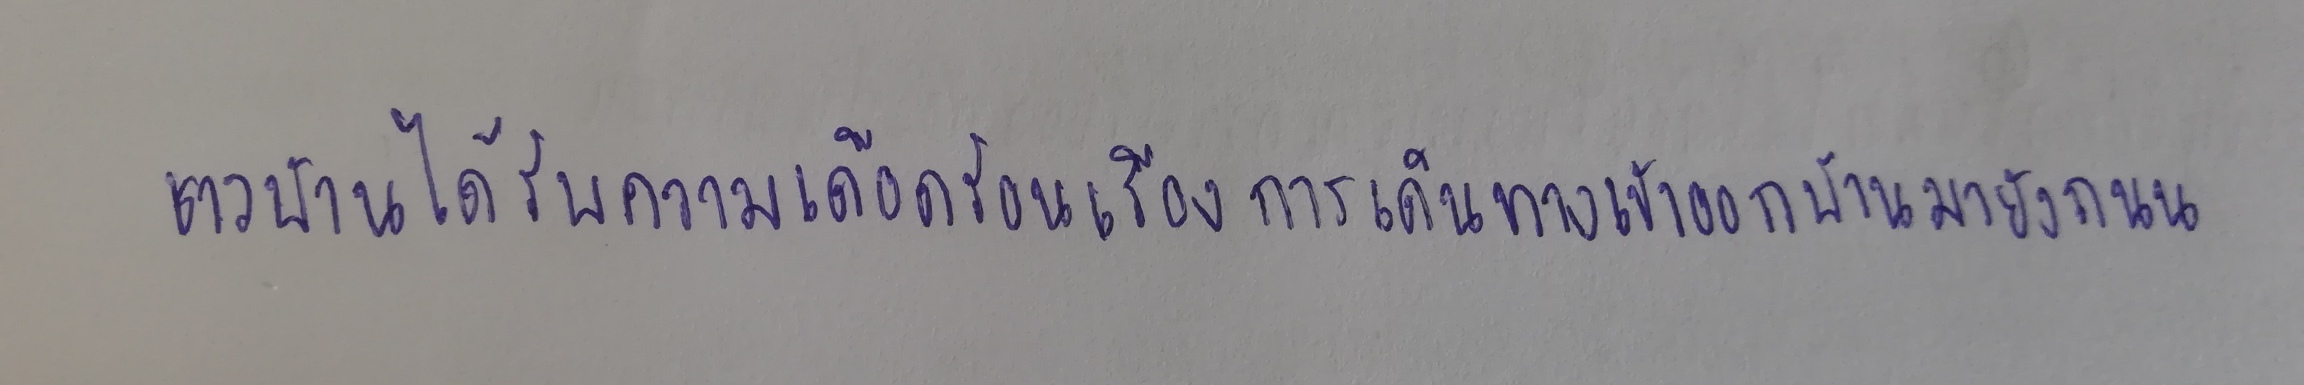
ชาวบ้านได้รับความเดือดร้อนเรื่องการเดินทางเข้าออกบ้านมายังถนน